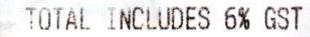
TOTAL INCLUDES 6% GST